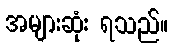
အများဆုံး ရသည်။